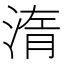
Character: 𣷿